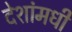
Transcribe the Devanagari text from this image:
देशांमधी